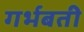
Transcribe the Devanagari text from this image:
गर्भबती